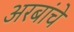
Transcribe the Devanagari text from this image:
अरबांचे